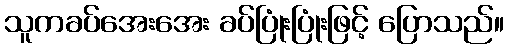
သူကခပ်အေးအေး ခပ်ပြုံးပြုံးဖြင့် ပြောသည်။